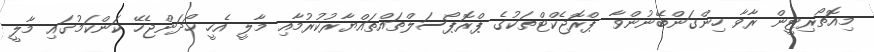
މިއޮތޯރިޓީން ރާވާ ހިންގަންބޭނުންވާ ޕްރޮޖެކްޓްތަކުގެ ޕްރޮޕޯސަލްތައްތައްޔާރުކުރުމާއި މާލީ އެހީ ހޯދަންޖެހޭ ކަންކަމުގައި މާލީ